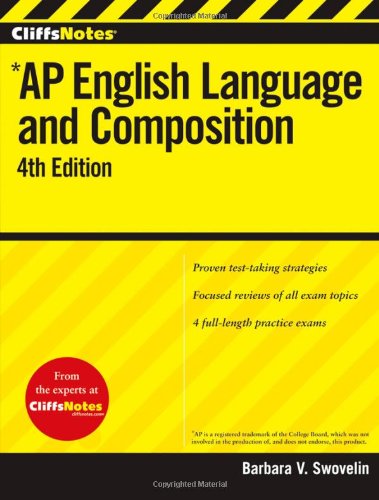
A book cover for CliffsNotes AP English Language and Composition, 4th Edition; Barbara V Swovelin; Test Preparation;